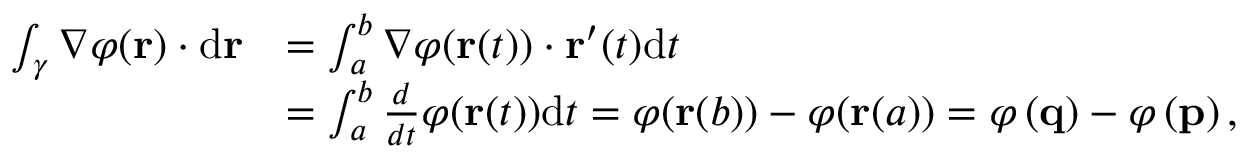
{ \begin{array} { r l } { \int _ { \gamma } \nabla \varphi ( \mathbf { r } ) \cdot \mathrm { d } \mathbf { r } } & { = \int _ { a } ^ { b } \nabla \varphi ( \mathbf { r } ( t ) ) \cdot \mathbf { r } ^ { \prime } ( t ) \mathrm { d } t } \\ & { = \int _ { a } ^ { b } { \frac { d } { d t } } \varphi ( \mathbf { r } ( t ) ) \mathrm { d } t = \varphi ( \mathbf { r } ( b ) ) - \varphi ( \mathbf { r } ( a ) ) = \varphi \left( \mathbf { q } \right) - \varphi \left( \mathbf { p } \right) , } \end{array} }